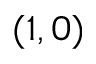
( 1 , 0 )